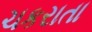
ચકરાતા